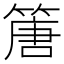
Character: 篖